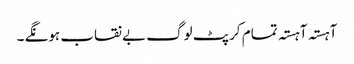
آہستہ آہستہ تمام کرپٹ لوگ بے نقاب ہونگے ۔